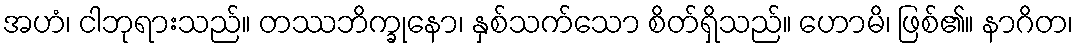
အဟံ၊ ငါဘုရားသည်။ တဿဘိက္ခုနော၊ နှစ်သက်သော စိတ်ရှိသည်။ ဟောမိ၊ ဖြစ်၏။ နာဂိတ၊